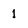
Character: 1